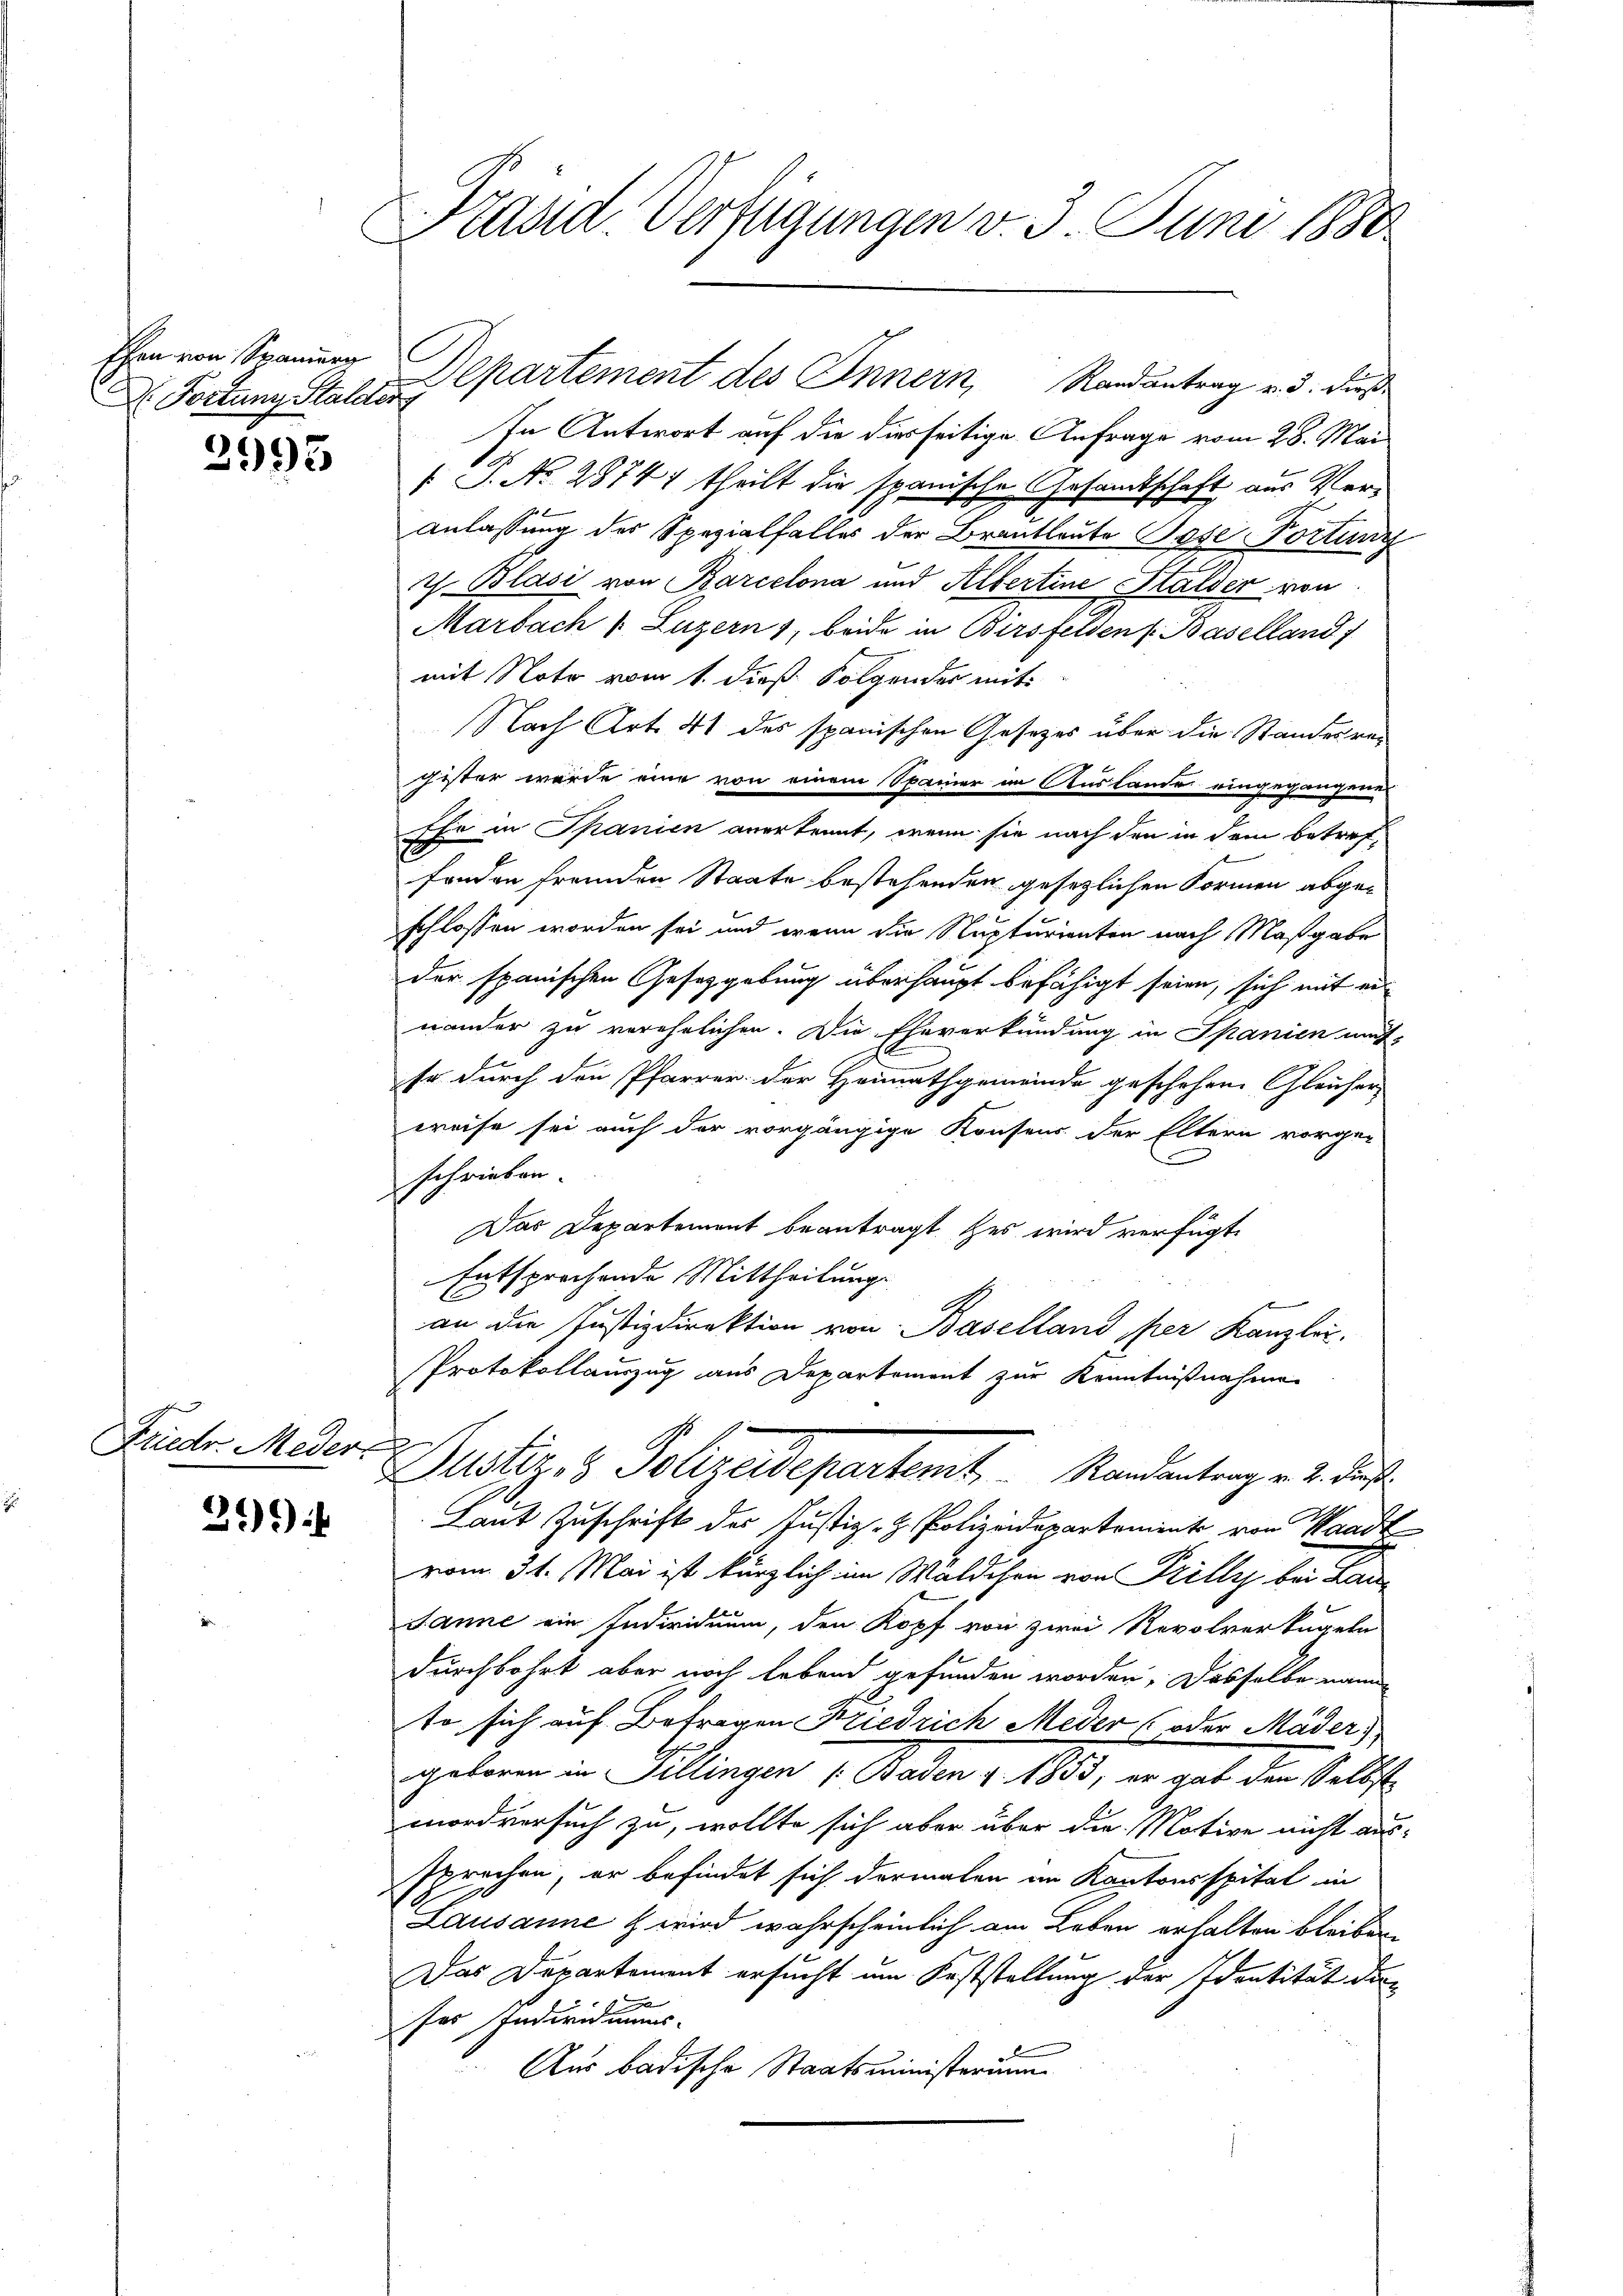
Ehen von Spanierg
D Portung Stalder

2995

Friedr. Meder

31)

Präsid. Verfügungen v. 3. Juni 1880

C
Departement des Innern, Randantrag v. d. dieß

In Antwort auf die dieseitige Anfrage vom 28. Mai
 P. No. 2874) theilt die spanische Gesamtschaft aus Ver¬
Anlassung der Spezialfalles der Brautleute Pose Portung
ch. Blasi von Barcelona und Albertine Stalder von
Marbach v. Luzern 1, beide in Bersfelden Baselland)
mit Noto vom 1. dieß Folgender mit¬
Nach Art. 41 des spanischen Gesetzes über die Standesreg
gister wurde eine von einem Spanier in Auslande eingegangene
Ehe in Spanien anerkennt, wenn sie nach den in dem betreffonden fremden Staate bestehenden gesetzlichen Formen abgeschlossen worden sei und wenn die Nupturienten nach Maßgabe
der spanischen Gesetzgebung überhaupt befähigt seien, sich mit ein
nander zu verehelichen. Die Eheverkündung in Spanien müh-
so durch den Pfarrer der Heimathgemeinde geschehen. Gleicher-
weise sei auch der vorgängige Konsens der Eltern vorge-
u
schrieben.
Das Departement beantragt es wird verfügt:
Entsprochende Mittheilung.
an die Justizdirektion von Baselland per Kanzlei.
Protokollauszug aus Departement zur Kenntnißnahmen
e
Dustiz & Polizeidepartent     Mandantrag v. 2. das
Laut Zuschrift der Justiz- & Polizeidepartement von Waadt
vom 31. Mai ist kürzlich im Wäldchen von Prilly bei Kan
Janne ein Individuum, den Kopf von zwei Revolver Kugeln
durchbohrt aber noch lebend gefunden worden. Dasselbe nann
to sich auf Befragen Friedrich Meder (oder Mäder),
gebanne in Selingen 1. Baden 1. 1883, in gut den Selbst
mordversuch zu, wollte sich aber über die Motive nicht aus-
sprochen, er befindet sich dermalen an Kantonsspital in
Lausanne & wird wahrscheinlich am Leben erhalten bleiben.
Das Departement ersucht um Feststellung der Identität dafer Individuums-
Aus badische Staatsministerium